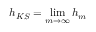
h _ { K S } = \operatorname* { l i m } _ { m \to \infty } h _ { m }